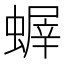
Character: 𧎨